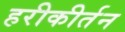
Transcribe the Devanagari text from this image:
हरीकीर्तन